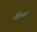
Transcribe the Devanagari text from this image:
खिनवां